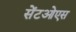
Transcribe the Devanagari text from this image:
सेंटओएस